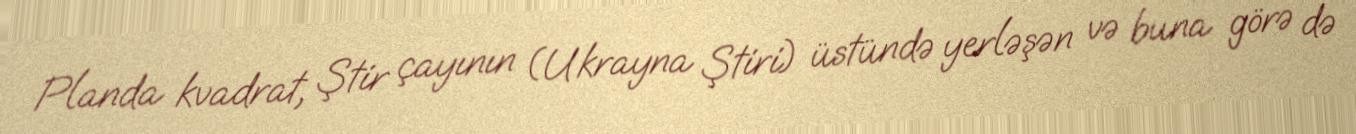
Planda kvadrat, Ştir çayının (Ukrayna Ştiri) üstündə yerləşən və buna görə də